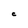
Character: e